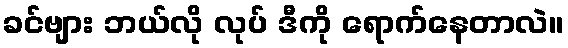
ခင်ဗျား ဘယ်လို လုပ် ဒီကို ရောက်နေတာလဲ။